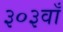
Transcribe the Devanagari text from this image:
३०३वाँ